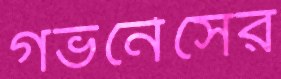
গভর্নেসের